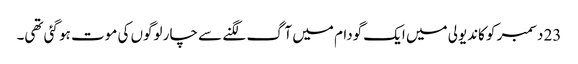
23 دسمبر کو کاندیولی میں ایک گودام میں آگ لگنے سے چار لوگوں کی موت ہو گئی تھی۔